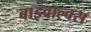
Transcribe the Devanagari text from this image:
बाइवाल्वस